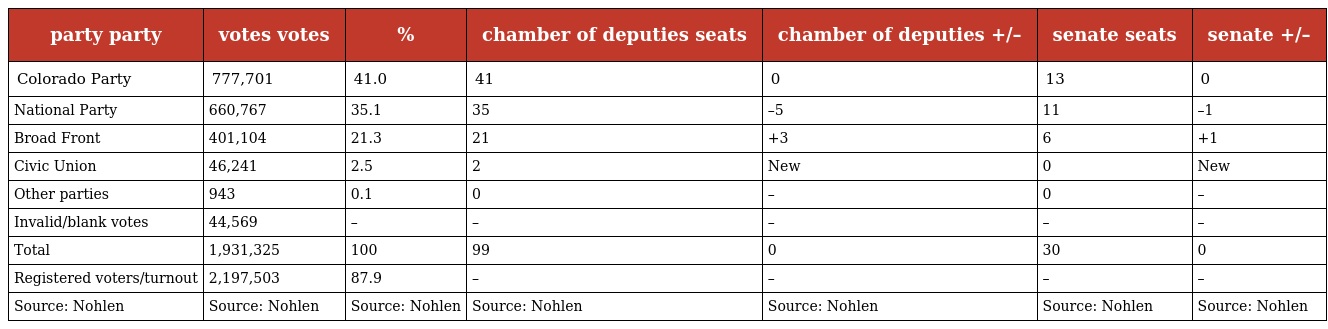
| party party | votes votes | % | chamber of deputies seats | chamber of deputies +/– | senate seats | senate +/– |
 | --- | --- | --- | --- | --- | --- | --- |
 | Colorado Party | 777,701 | 41.0 | 41 | 0 | 13 | 0 |
 | National Party | 660,767 | 35.1 | 35 | –5 | 11 | –1 |
 | Broad Front | 401,104 | 21.3 | 21 | +3 | 6 | +1 |
 | Civic Union | 46,241 | 2.5 | 2 | New | 0 | New |
 | Other parties | 943 | 0.1 | 0 | – | 0 | – |
 | Invalid/blank votes | 44,569 | – | – | – | – | – |
 | Total | 1,931,325 | 100 | 99 | 0 | 30 | 0 |
 | Registered voters/turnout | 2,197,503 | 87.9 | – | – | – | – |
 | Source: Nohlen | Source: Nohlen | Source: Nohlen | Source: Nohlen | Source: Nohlen | Source: Nohlen | Source: Nohlen |